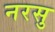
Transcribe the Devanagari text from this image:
नरसु